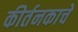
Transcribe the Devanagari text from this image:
कीर्तनकाचे